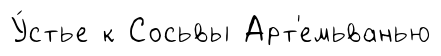
У́стье к Сосьвы Арт'емьванью